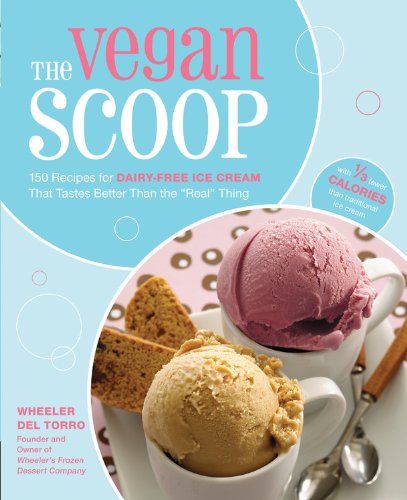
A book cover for The Vegan Scoop: 150 Recipes for Dairy-Free Ice Cream that Tastes Better Than the "Real" Thing; Wheeler del Torro; Cookbooks, Food & Wine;